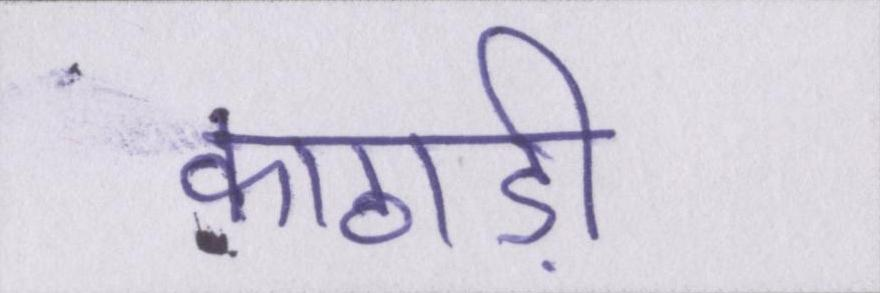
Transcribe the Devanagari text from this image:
काठाड़ी